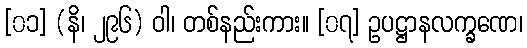
[၀၁] (နိ၊ ၂၉၆) ဝါ၊ တစ်နည်းကား။ [၀၇] ဥပဋ္ဌာနလက္ခဏေ၊